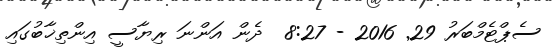
ސެޕްޓެމްބަރު 29